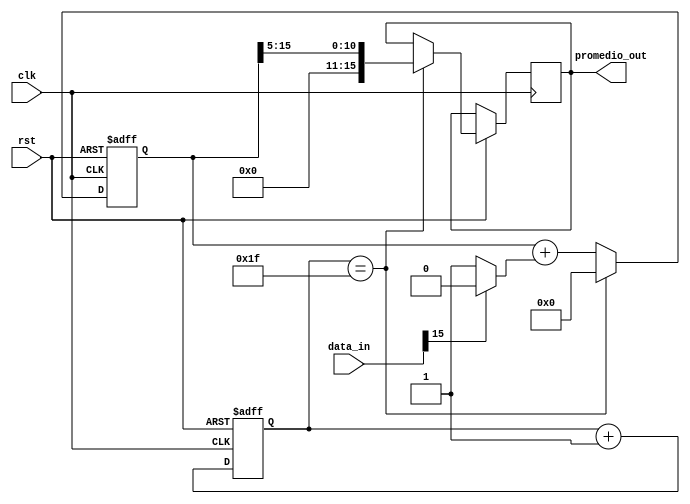
module MovingAverage (
    input clk,
    input rst,
    input [15:0] data_in,
    output reg [15:0] promedio_out
);

parameter N = 32;  

reg [15:0] sum = 0;
reg [5:0] counter = 0;

always @(posedge clk or negedge rst) 
begin
    if (!rst) 
    begin
        sum <= 0;
        counter <= 0;
    end 
    else 
    begin
        // Si el bit ms significativo (MSB) es 1, es un nmero negativo, asigna 0 a sum
        // Si el MSB es 0, es un nmero positivo, asigna 1 a sum
        sum <= sum + ((data_in[15] == 1) ? 0 : 1);
        if (counter == N-1)
        begin
            promedio_out <= sum >> $clog2(N);  
            sum <= 0;
        end
        counter <= counter + 1;
    end
end

endmodule